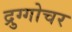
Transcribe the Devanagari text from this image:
द्रुग्गोचर